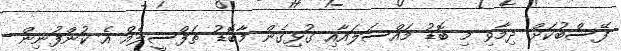
ފޭސްބުކަށް ދިމާވި މި ބޮޑު މައްސަލައާއި ގުޅިގެން މާބޮޑު ތަފްސީލެއް އެ ކުންފުނިން